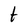
Character: t